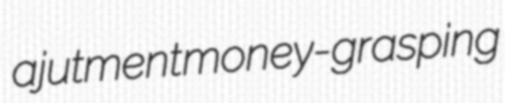
ajutment money-grasping